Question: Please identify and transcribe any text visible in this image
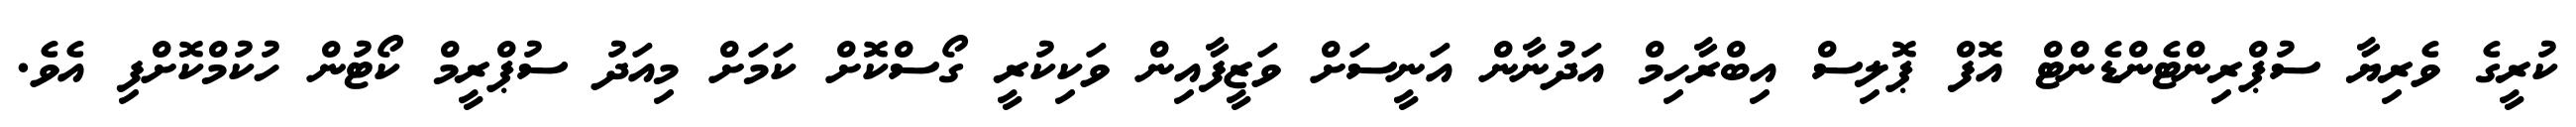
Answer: ކުރީގެ ވެރިޔާ ސުޕްރިންޓެންޑެންޓް އޮފް ޕޮލިސް އިބްރާހިމް އަދުނާން އަނީސަށް ވަޒީފާއިން ވަކިކުރީ ގޯސްކޮށް ކަމަށް މިއަދު ސުޕްރީމް ކޯޓުން ހުކުމްކޮށްފި އެވެ.